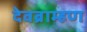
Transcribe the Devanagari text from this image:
देवब्राम्हण